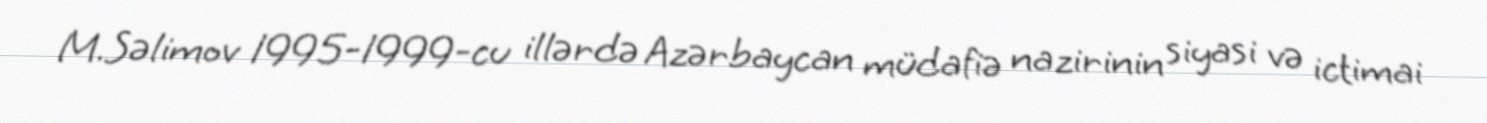
M.Səlimov 1995-1999-cu illərdə Azərbaycan müdafiə nazirinin siyasi və ictimai